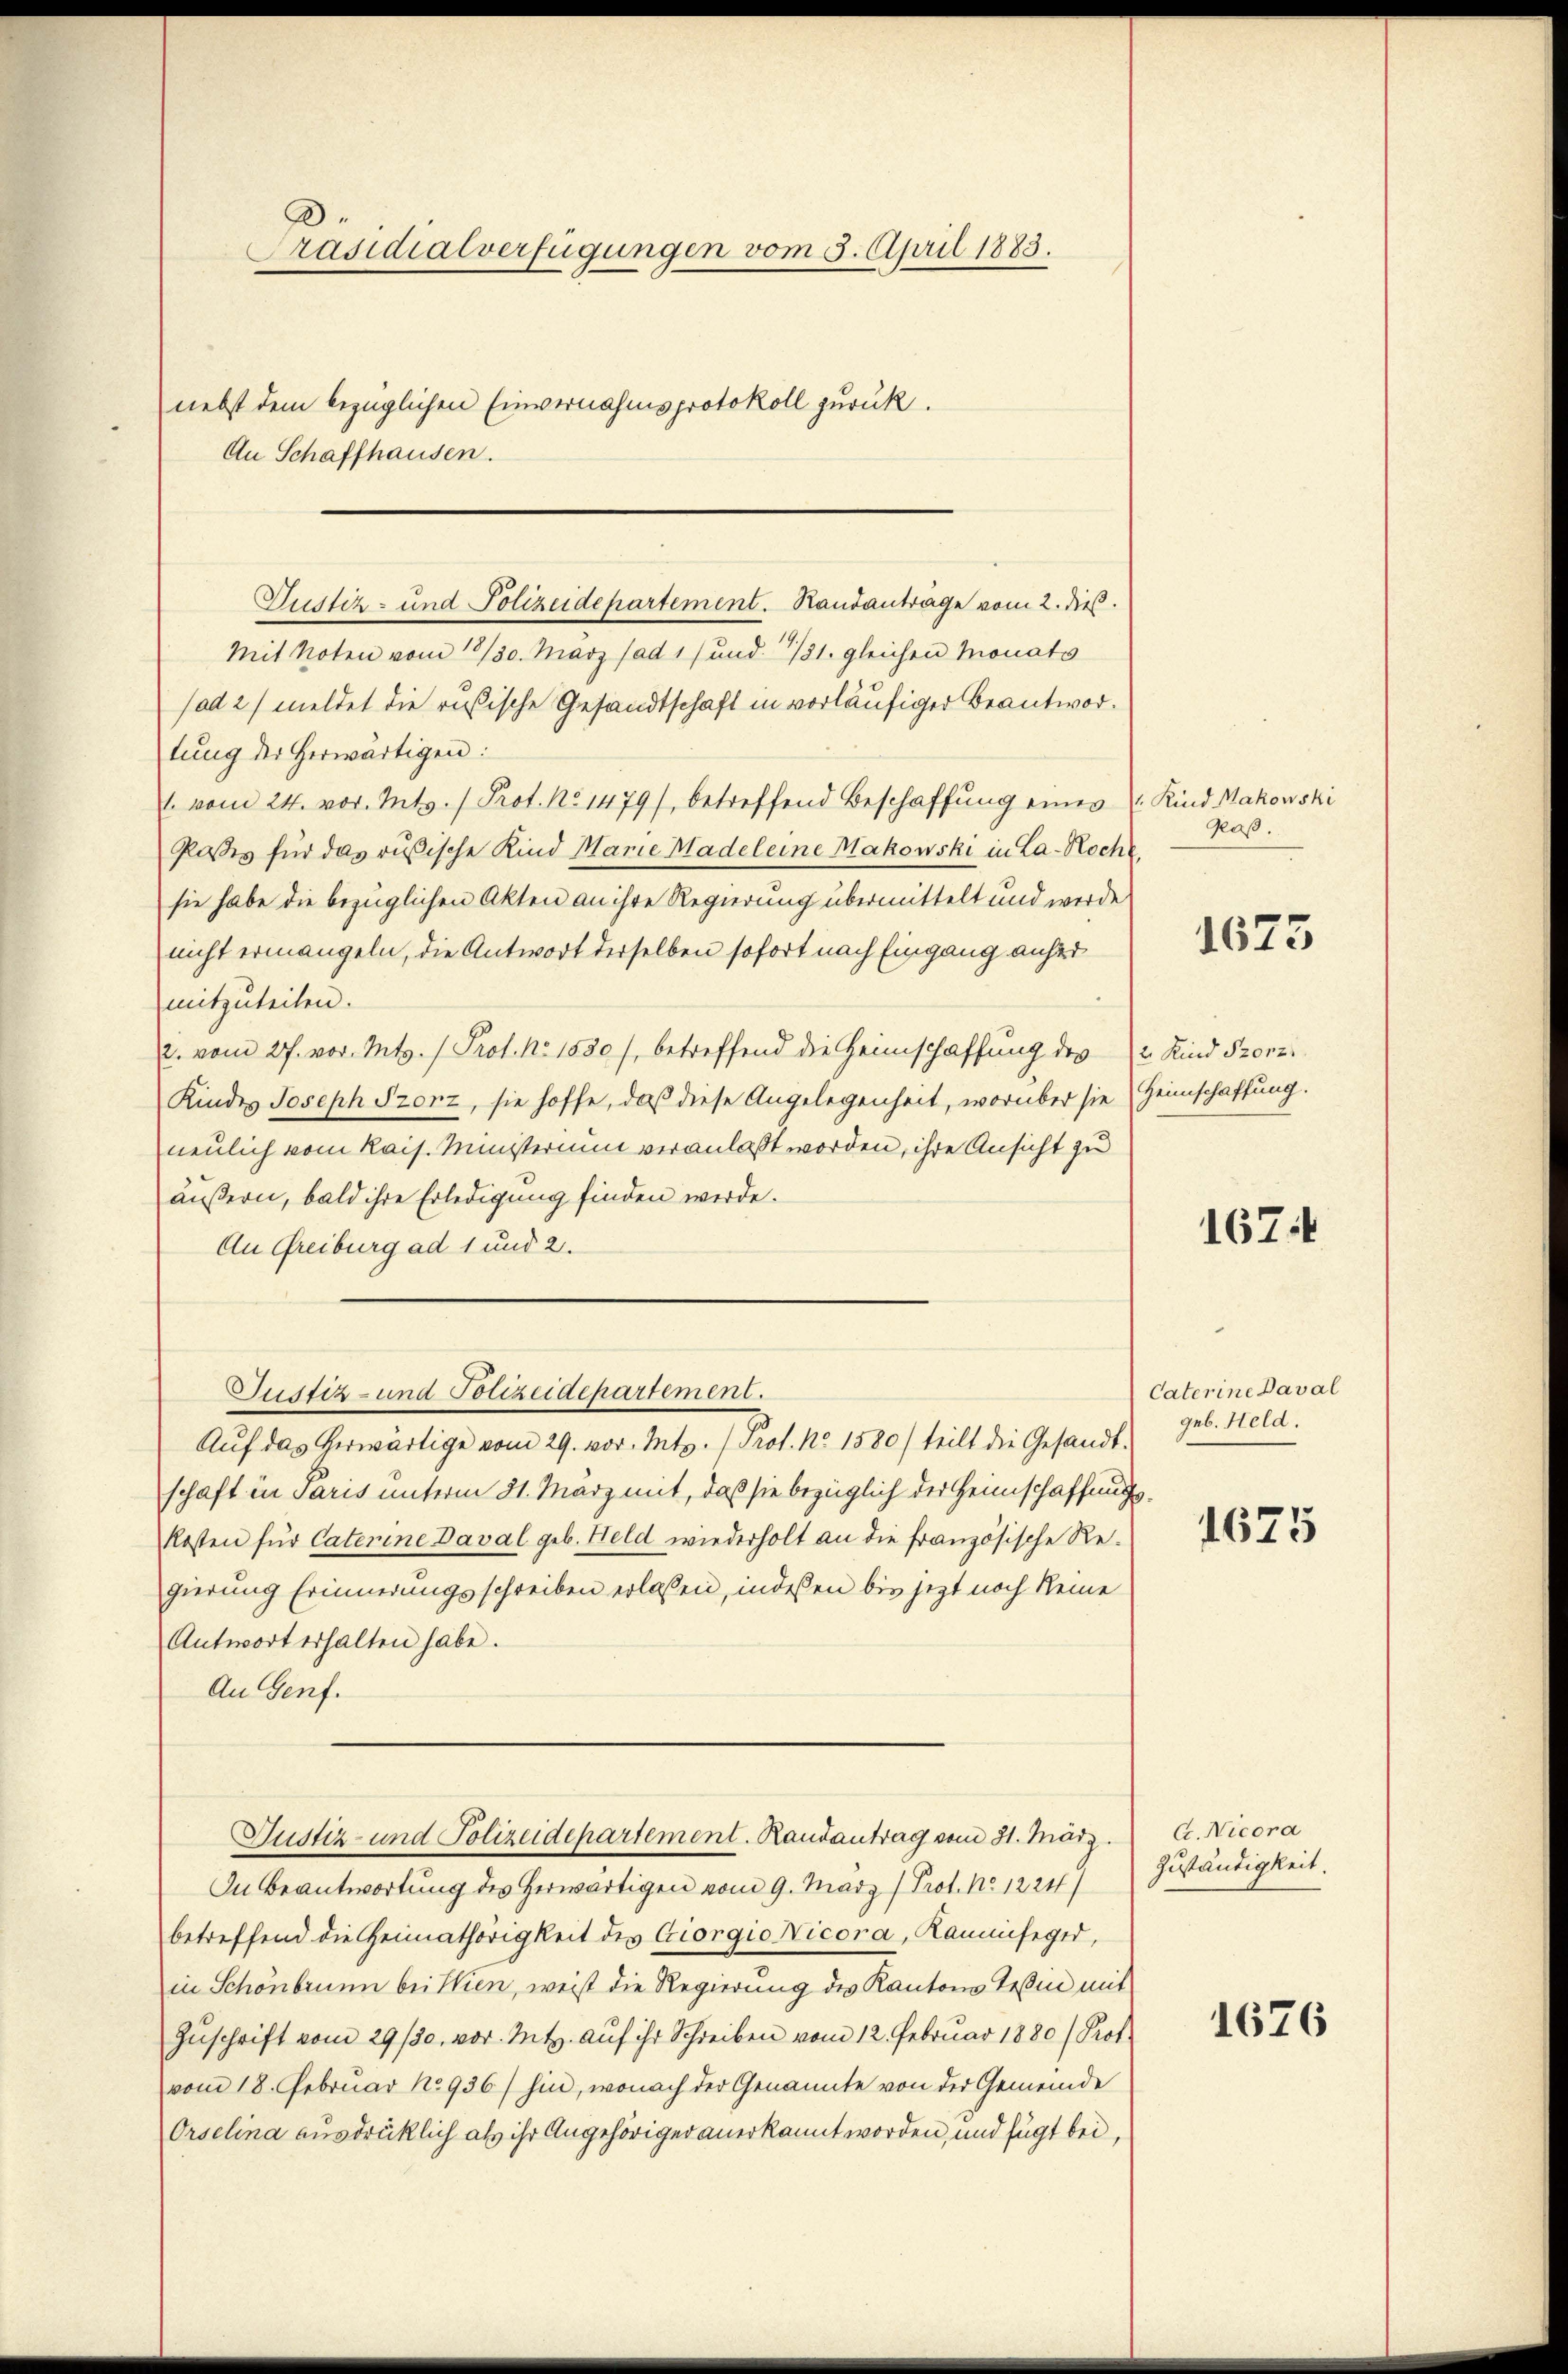
Präsidialverfügungen vom 3. April 1883.
nebst dem bezüglichen Einvernahmsprotokoll zurück.
An Schaffhausen.

Justiz- und Polizeidepartement. Randanträge vom 2. dieß.

Mit Noten vom 18/30. März (ad 1) und 781. gleichen Monats
(ad 2/ meldet die rusische Gesandtschaft in vorläufiger Beantwortung der herwärtigen:
l. vom 24. vor. Mts. / Prot. No 1479), betreffend Beschaffung eines
Posses für das rusische Kind Marie Madeleine Makowski in La-Roche,
sie habe die bezüglichen Akten an ihre Regierung übermittelt und werde
nicht ermangeln, die Antwort derselben sofort nach Eingang anher
mitzuteilen.
2. vom 27. vor. Mts. 1 Prof. No. 1830), betreffend die Heimschaffung des Kind Prorz
Kindes Joseph Prorz, sie hoffe, daß diese Angelegenheit, worüber sie Heimschaffung.
neulich vom Kais. Ministerium veranlaßt worden, ihre Ansicht zu
äußern, bald ihre Erledigung finden werde.
An Greiburg ad 1 und 2.
Aŭf das herwärtige vom 29. vor. Mts. (Prof. No. 1580) teilt die Gesandt-
schaft in Paris unterm 31. März mit, daß sie bezüglich der Heimschaffungs¬
Kosten für Caterine Daval geb. Held wiederholt an die französische Regierung Erinnerungsschreiben erlassen, indeßen bis jetzt noch keine
Antwort erhalten habe.
An Genf.
Justiz- und Polizeidepartement. Randantrag vom 31. März.
In Beantwortung des Herwärtigen vom 9. März (Prot. No. 1224/
betreffend die Heimathörigkeit des Giorgio Nicora, Kaminfeger,
in Schönbrunn bei Wien, weis die Regierung des Kantons Teßin mit
Zuschrift vom 29/30. vor. Mts. auf ihr Schreiben vom 12. Februar 1880 (Prof.
vom 18. Februar No 936) hin, wonach der Genannte von der Gemeinde
Orselina ausdrücklich als ihr Angehöriger anerkannt worden, und fügt bei,

Justiz- und Polizeidepartement.

Kind Makowski
Glaß.

1673

1674

Caterine Daval
geb. Held.

1625

C. Nicora
Zuständigkeit.

1676